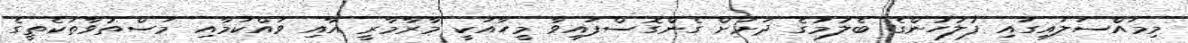
މިމައްސަލައިގައި ފުލުހުންގެ ބެލުމުގެ ދަށަށް ގެންގޮސްފައިވާ މީހާއަކީ މާރާމާރީ އާއި ވައްކަމާއި މަސްތުވާތަކެތީގެ